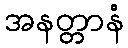
အနတ္တာနံ